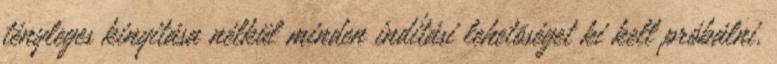
tényleges kinyitása nélkül minden indítási lehetõséget ki kell próbálni.